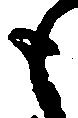
も